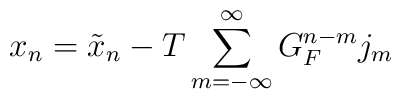
x_n=\tilde{x}_n-T\sum_{m=-\infty }^\infty G_F^{n-m}j_m